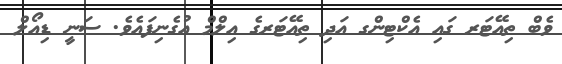
ވެބް ތިއޭޓަރ ގައި އެކްޓިންގ އަދި ތިއޭޓަރގެ އިލްމް އުގެނިފައެވެ. ސަނީ ޑިއޯލް